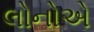
લોનોએ